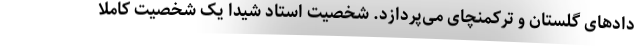
داد‌های گلستان و ترکمنچای می­پردازد. شخصیت استاد شیدا یک شخصیت کاملا